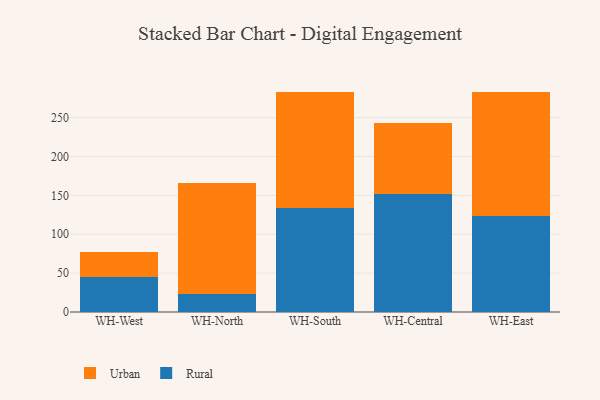
{"axis": {"x": "Warehouse", "y": "Latency (ms)"}, "legend": ["Rural", "Urban"], "data": [{"x": "WH-West", "y": 44.7, "type": "Rural"}, {"x": "WH-West", "y": 33.0, "type": "Urban"}, {"x": "WH-North", "y": 23.6, "type": "Rural"}, {"x": "WH-North", "y": 142.1, "type": "Urban"}, {"x": "WH-South", "y": 133.8, "type": "Rural"}, {"x": "WH-South", "y": 149.7, "type": "Urban"}, {"x": "WH-Central", "y": 151.9, "type": "Rural"}, {"x": "WH-Central", "y": 90.7, "type": "Urban"}, {"x": "WH-East", "y": 123.5, "type": "Rural"}, {"x": "WH-East", "y": 159.6, "type": "Urban"}]}